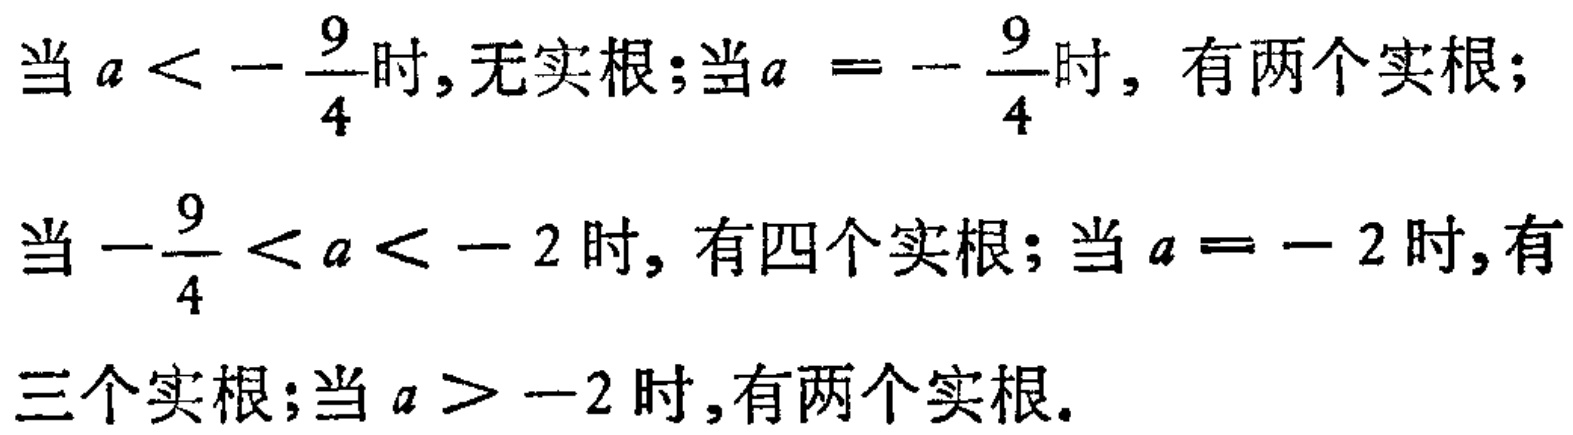
当 \(a < -\frac{9}{4}\)时, 无实根; 当 \(a = -\frac{9}{4}\)时, 有两个实根;
当\(-\frac{9}{4} < a < -2\)时, 有四个实根; 当 \(a = -2\)时, 有
三个实根; 当 \(a > -2\)时, 有两个实根.